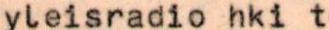
yleisradio hki t